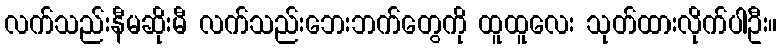
လက်သည်းနီမဆိုးမီ လက်သည်းဘေးဘက်တွေကို ထူထူလေး သုတ်ထားလိုက်ပါဦး။